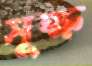
সূক্ষ